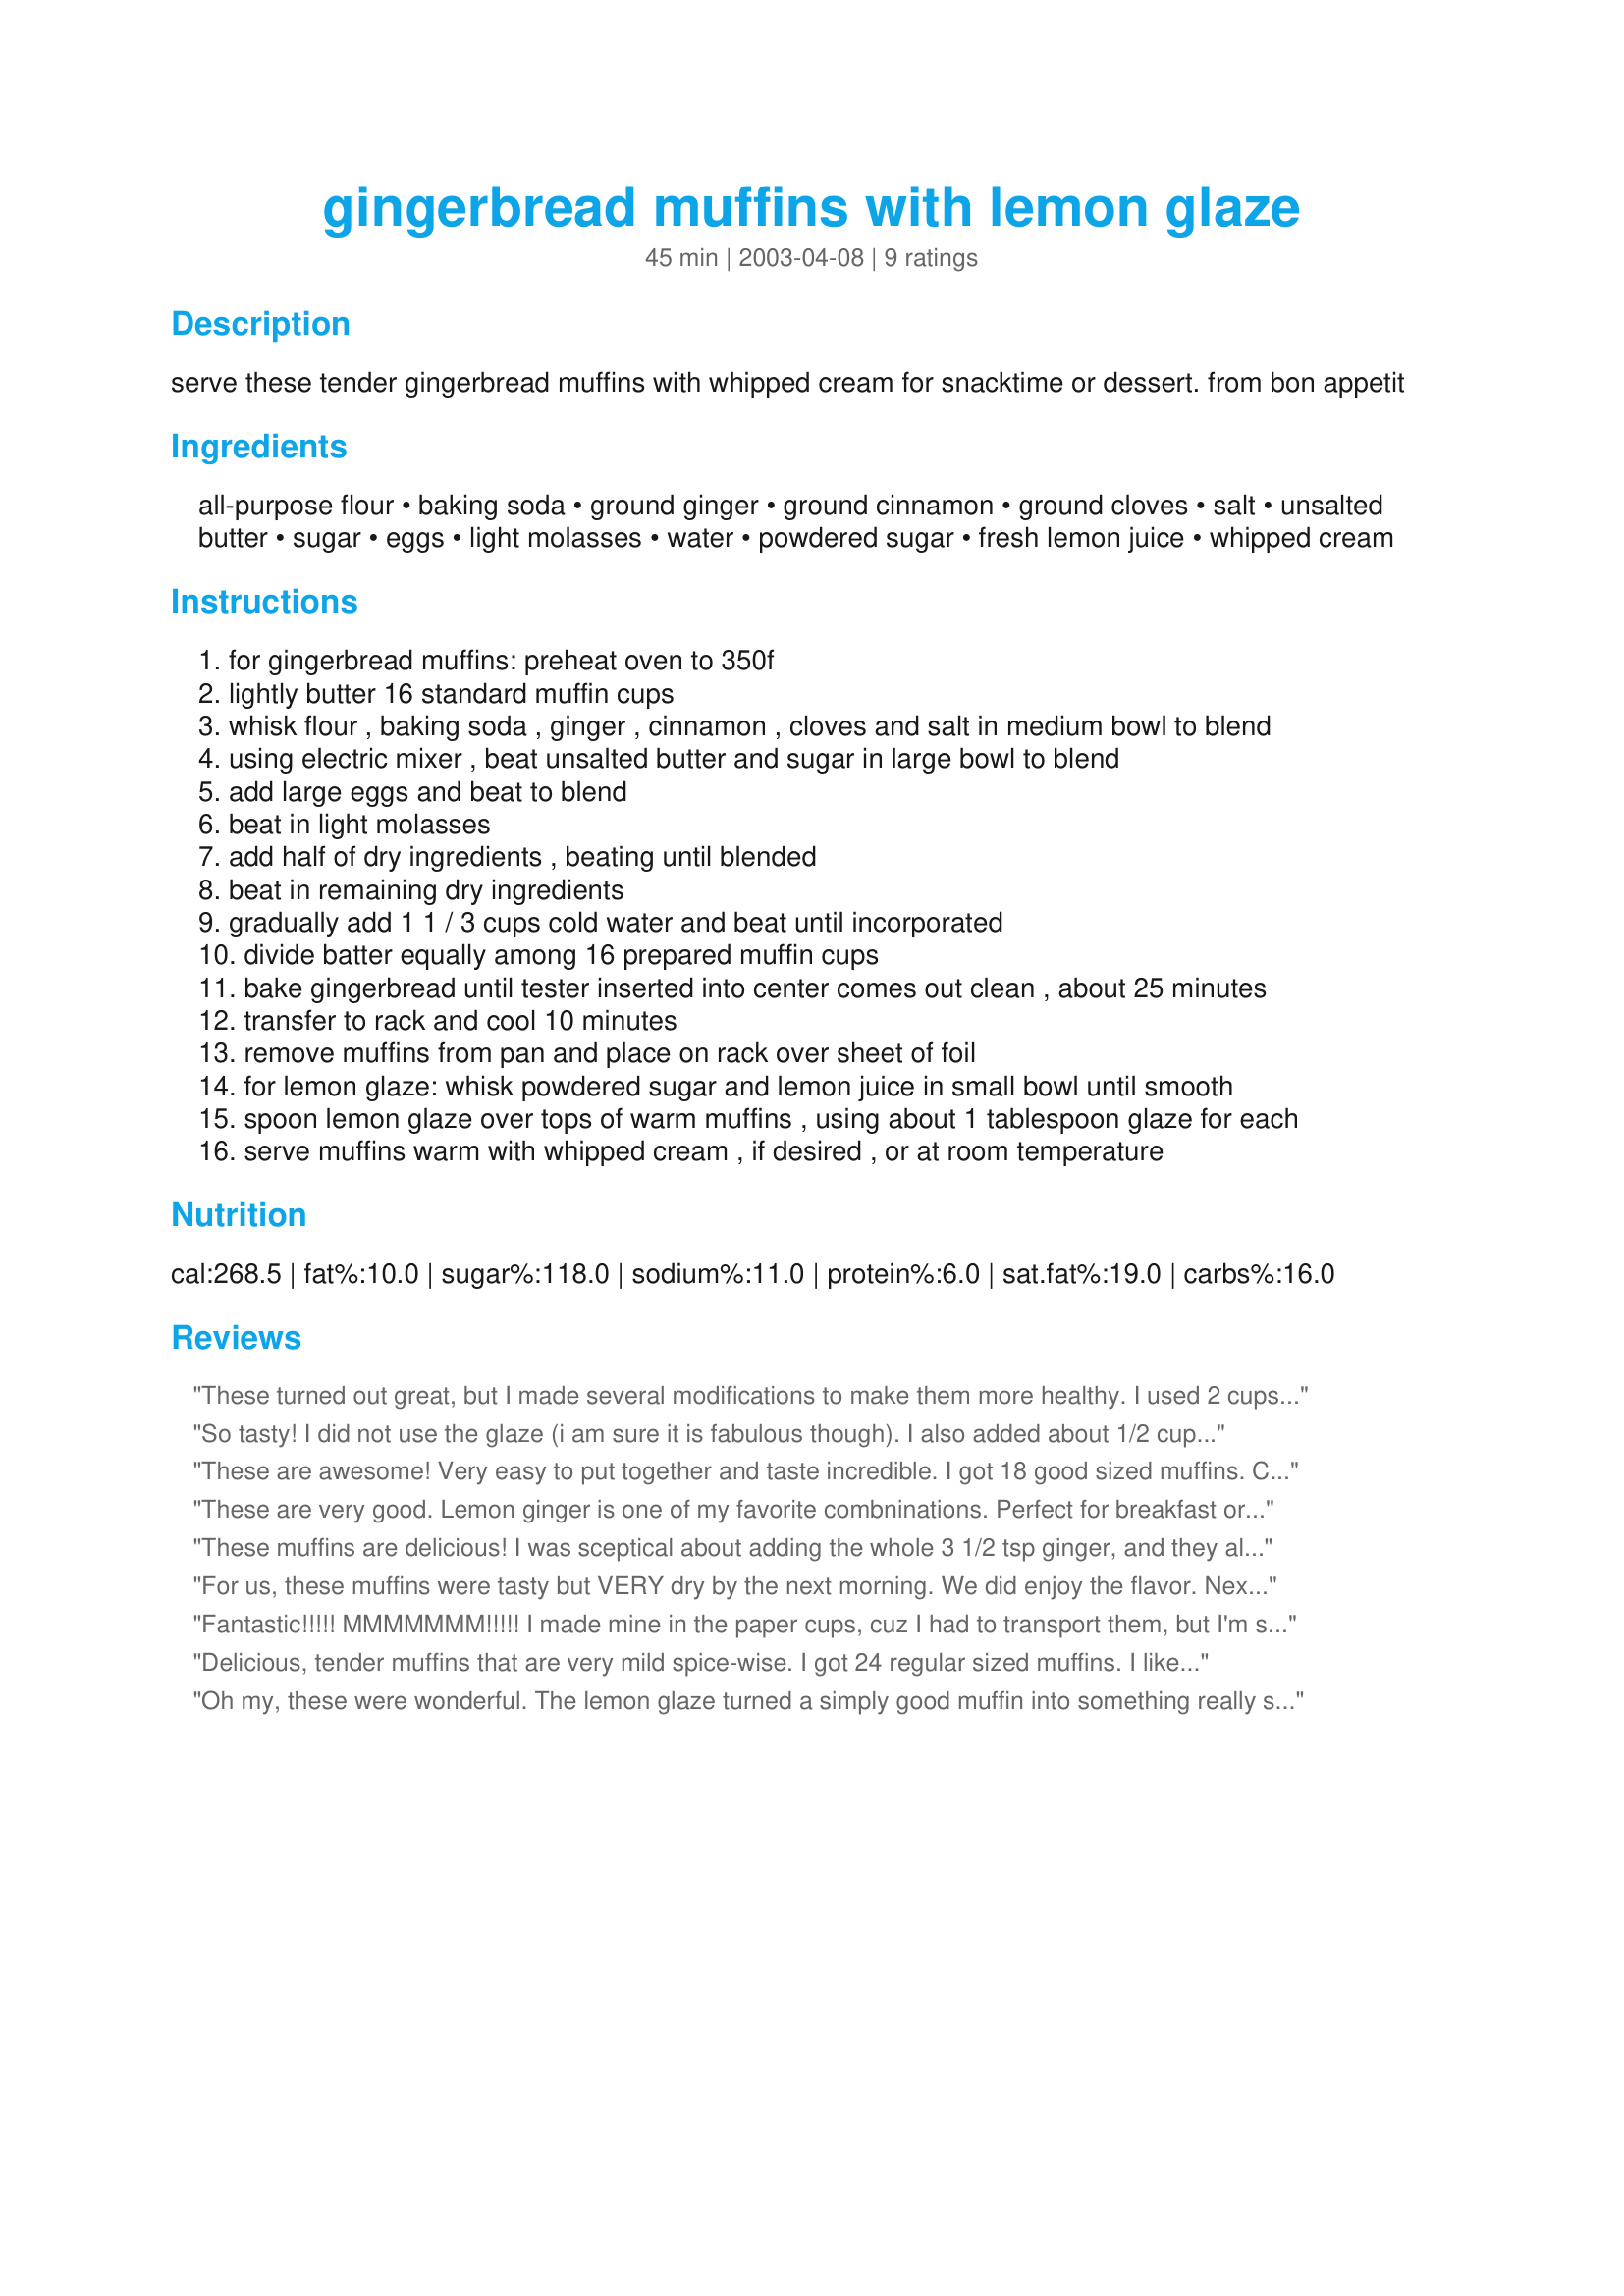
gingerbread muffins with lemon glaze
Preparation time: 45 minutes

serve these tender gingerbread muffins with whipped cream for snacktime or dessert. from bon appetit

Ingredients:
all-purpose flour, baking soda, ground ginger, ground cinnamon, ground cloves, salt, unsalted butter, sugar, eggs, light molasses, water, powdered sugar, fresh lemon juice, whipped cream

Steps:
for gingerbread muffins: preheat oven to 350f
lightly butter 16 standard muffin cups
whisk flour , baking soda , ginger , cinnamon , cloves and salt in medium bowl to blend
using electric mixer , beat unsalted butter and sugar in large bowl to blend
add large eggs and beat to blend
beat in light molasses
add half of dry ingredients , beating until blended
beat in remaining dry ingredients
gradually add 1 1 / 3 cups cold water and beat until incorporated
divide batter equally among 16 prepared muffin cups
bake gingerbread until tester inserted into center comes out clean , about 25 minutes
transfer to rack and cool 10 minutes
remove muffins from pan and place on rack over sheet of foil
for lemon glaze: whisk powdered sugar and lemon juice in small bowl until smooth
spoon lemon glaze over tops of warm muffins , using about 1 tablespoon glaze for each
serve muffins warm with whipped cream , if desired , or at room temperature

Reviews:
These turned out great, but I made several modifications to make them more healthy.
I used 2 cups whole wheat flou and 3/4 cup white. I used 1/4 grapeseed oil and 1/4 cup applesauce instead of the butter. I also reduced the sugar by half. What resulted was a tender, sweet enough muffin. Very good!
So tasty! I did not use the glaze (i am sure it is fabulous though). I also added about 1/2 cup oat bran and 1/3 cup flax meal. great flavor!
These are awesome! Very easy to put together and taste incredible. I got 18 good sized muffins. Combined with the glaze they are a lovely moist treat! I highly recommend this recipe.
These are very good. Lemon ginger is one of my favorite combninations. Perfect for breakfast or snack.
These muffins are delicious! I was sceptical about adding the whole 3 1/2 tsp ginger, and they almost tasted too gingery when they were still warm, but now that they've cooled off the flavor is perfect. I wouldn't change a thing. I also got 18 huge muffins, which is great because I know they're going to disappear quickly! Thanks for a keeper, Bev!
For us, these muffins were tasty but VERY dry by the next morning. We did enjoy the flavor. Next time I would replace some water with oil or perhaps applesauce. Thanks for posting!
Fantastic!!!!! MMMMMMM!!!!! I made mine in the paper cups, cuz I had to transport them, but I'm sure they're better without them, so the glaze runs down the side. I'm making these often!
Delicious, tender muffins that are very mild spice-wise. I got 24 regular sized muffins. I liked them better before putting the lemon glaze on them! Oh well. The glaze made a bit too much, so I have leftovers of it in the fridge. These are tasty muffins that make the house smell yummy, too!
Oh my, these were wonderful. The lemon glaze turned a simply good muffin into something really special. The kids and I ate the muffins as were made, but I doubled the recipe and added 1 cup of seedless raisins to the second batch for dh, who loved them. Thanks for a new 'keeper' recipe, with the snow starting to fly in Alberta this week, these really filled the need for a comfort food dessert.
